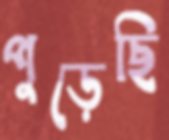
পুড়েছি